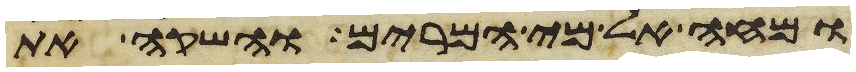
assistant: ומחה אל מי המרים והשקה את